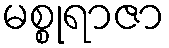
မစ္စုရာဇာ